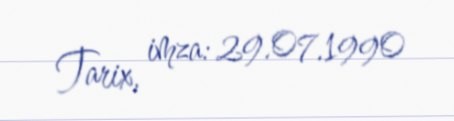
Tarix, imza: 29.07.1990